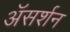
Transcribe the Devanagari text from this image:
अॅसर्शन